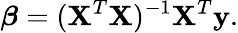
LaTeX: \boldsymbol{\beta}=(\boldsymbol{\mathbf{X}}^{T}\boldsymbol{\mathbf{X}})^{-1}\boldsymbol{\mathbf{X}}^{T}\mathbf{{y}}.